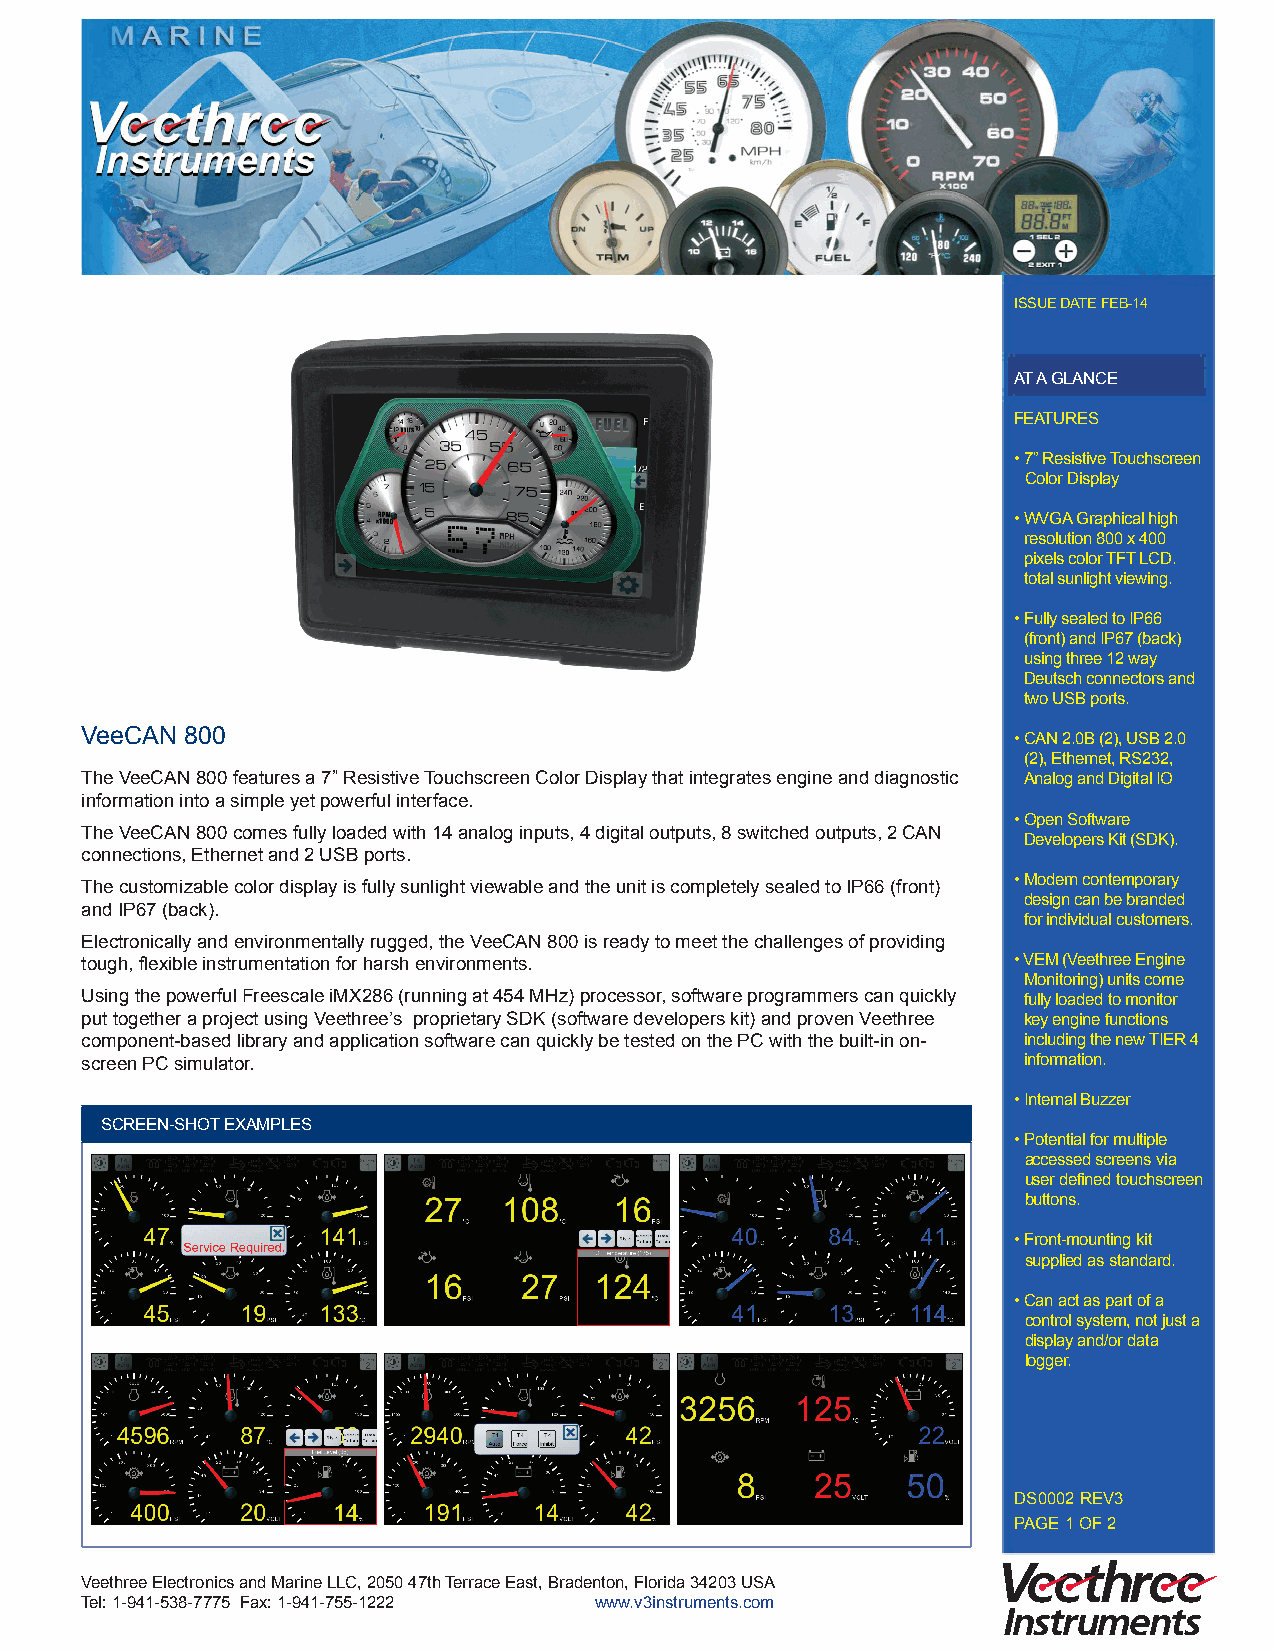
ISSUE DATE FEB-14
 AT A GLANCE
 FEATURES
 • 7” Resistive Touchscreen
 Color Display
 • WVGA Graphical high
 resolution 800 x 400
 pixels color TFT LCD.
 total sunlight viewing.
 • Fully sealed to IP66
 (front) and IP67 (back)
 using three 12 way
 Deutsch connectors and
 two USB ports.
 VeeCAN 800                                                    • CAN 2.0B (2), USB 2.0
 (2), Ethernet, RS232,
 The VeeCAN 800 features a 7” Resistive Touchscreen Color Display that integrates engine and diagnostic Analog and Digital IO
 information into a simple yet powerful interface.
 • Open Software
 The VeeCAN 800 comes fully loaded with 14 analog inputs, 4 digital outputs, 8 switched outputs, 2 CAN
 Developers Kit (SDK).
 connections, Ethernet and 2 USB ports.
 • Modern contemporary
 The customizable color display is fully sunlight viewable and the unit is completely sealed to IP66 (front)
 design can be branded
 and IP67 (back).
 for individual customers.
 Electronically and environmentally rugged, the VeeCAN 800 is ready to meet the challenges of providing
 tough, flexible instrumentation for harsh environments.       • VEM (Veethree Engine
 Monitoring) units come
 Using the powerful Freescale iMX286 (running at 454 MHz) processor, software programmers can quickly fully loaded to monitor
 put together a project using Veethree’s proprietary SDK (software developers kit) and proven Veethree key engine functions
 component-based library and application software can quickly be tested on the PC with the built-in on- including the new TIER 4
 screen PC simulator.                                           information.
 • Internal Buzzer
 SCREEN-ShOT ExAMPLES
 • Potential for multiple
 accessed screens via
 user defined touchscreen
 buttons.
 • Front-mounting kit
 supplied as standard.
 • Can act as part of a
 control system, not just a
 display and/or data
 logger.
 DS0002 REV3
 PAGE 1 OF 2
 Veethree Electronics and Marine LLC, 2050 47th Terrace East, Bradenton, Florida 34203 USA
 Tel: 1-941-538-7775 Fax: 1-941-755-1222 www.v3instruments.com